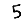
Digit: 5